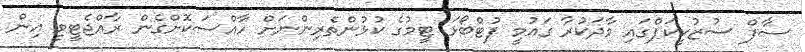
ސާފް ސުޒުކީކަޕްގައި ވާދަކުރާ ގައުމީ ފުޓްބޯޅަ ޓީމުގެ ކުޅުންތެރިންނަށް ހާއްސަކޮށްގެން ރާއްޖެޓީވީ އިން